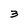
Character: 3